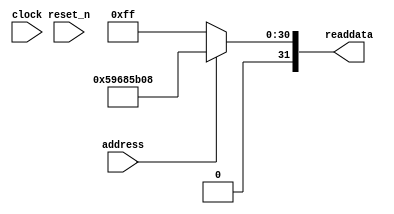
module soc_design_SystemID_3 (
                address,
                clock,
                reset_n,
                readdata
             )
;
  output  [ 31: 0] readdata;
  input            address;
  input            clock;
  input            reset_n;
  wire    [ 31: 0] readdata;
  assign readdata = address ? 1500011272 : 255;
endmodule